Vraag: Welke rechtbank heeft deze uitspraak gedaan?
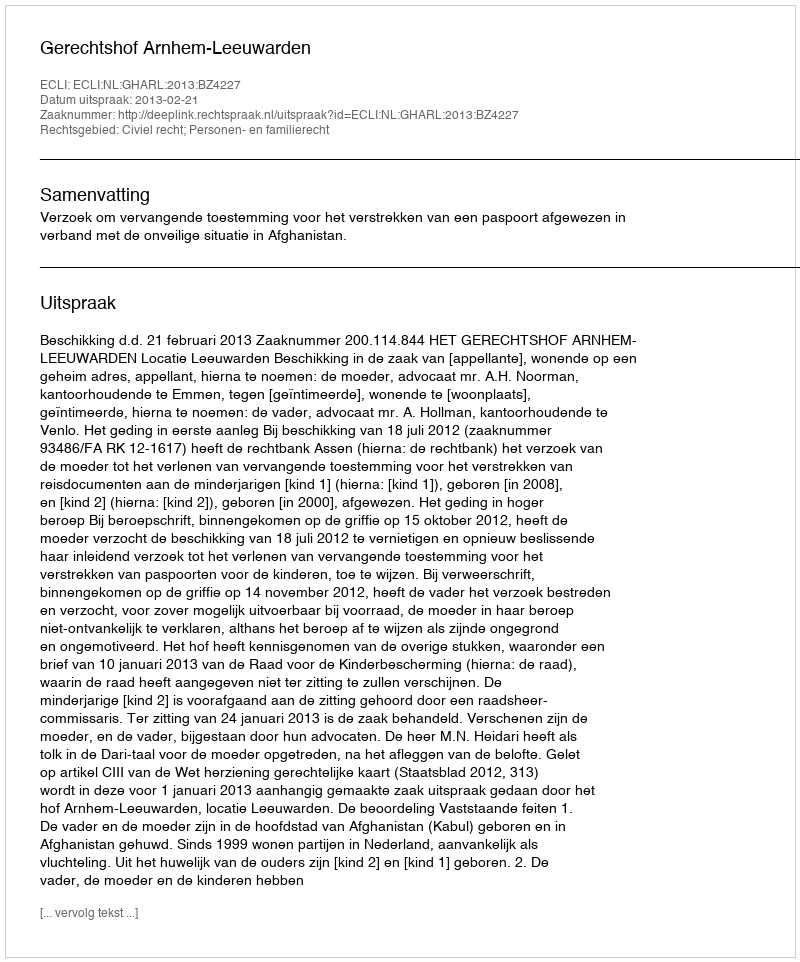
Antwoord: Gerechtshof Arnhem-Leeuwarden